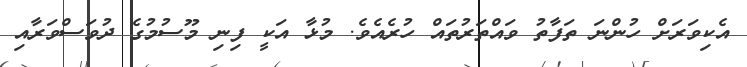
އެކިވަރަށް ހުންނަ ތަފާތު ވައްތަރުތައް ހުރެއެވެ. މުޅާ އަކީ ފިނި މޫސުމުގެ ދުވަސްވަރާއި